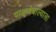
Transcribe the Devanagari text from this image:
पाळणेवाल्याला